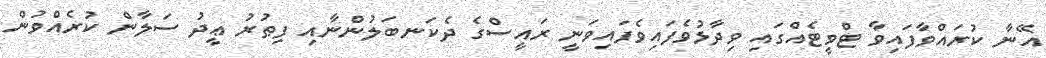
އޭނާ ކުރައްވާފައިވާ ޓްވީޓެއްގައި ވިދާޅުވެފައިވެފައިވަނީ ރައީސްގެ ދެކަނބަލުންނާއި ފިޠުރު ޢީދު ސަލާން ކުރެއްވުން